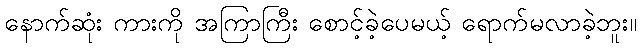
နောက်ဆုံး ကားကို အကြာကြီး စောင့်ခဲ့ပေမယ့် ရောက်မလာခဲ့ဘူး။